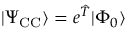
| \Psi _ { \mathrm { C C } } \rangle = e ^ { \hat { T } } | \Phi _ { 0 } \rangle